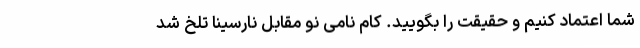
شما اعتماد کنیم و حقیقت را بگویید. کام نامی نو مقابل نارسینا تلخ شد